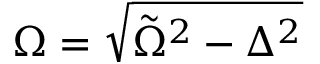
\Omega = \sqrt { \tilde { \Omega } ^ { 2 } - \Delta ^ { 2 } }